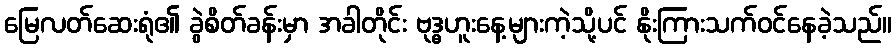
မြေလတ်ဆေးရုံ၏ ခွဲစိတ်ခန်းမှာ အခါတိုင်း ဗုဒ္ဓဟူးနေ့များကဲ့သို့ပင် နိုးကြားသက်ဝင်နေခဲ့သည်။